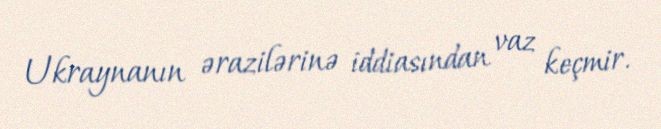
Ukraynanın ərazilərinə iddiasından vaz keçmir.